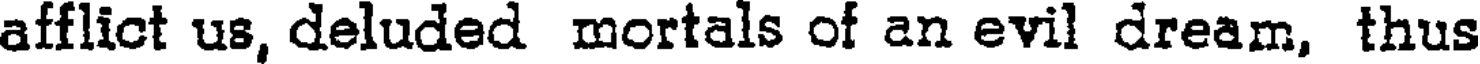
afflict us, deluded mortals of an evil dream, thus